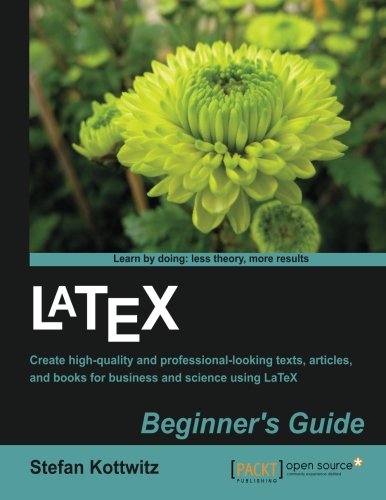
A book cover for LaTeX Beginner's Guide; Stefan Kottwitz; Arts & Photography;